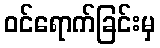
ဝင်ရောက်ခြင်းမှ